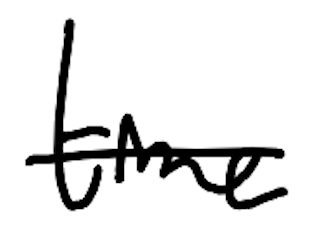
Text: time
Cross-out: single-line
Writing tool: digital_black